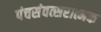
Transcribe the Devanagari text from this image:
पंचसंवत्सरात्मक